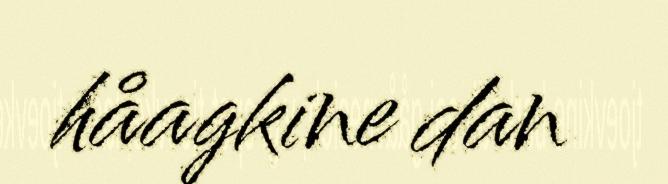
håagkine dan